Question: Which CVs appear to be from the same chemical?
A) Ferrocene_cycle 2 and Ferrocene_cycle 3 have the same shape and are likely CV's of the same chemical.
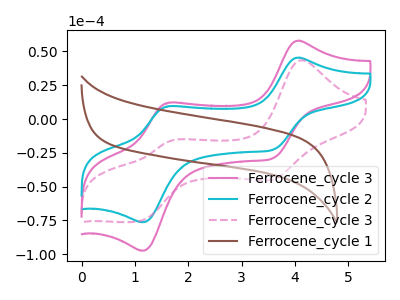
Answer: <think>The pink curve "Ferrocene_cycle 3" has anodic peaks at (4.05V, 57.95uA) (1.65V, 12.15uA) and cathodic peaks at (3.60V, -28.75uA) (1.15V, -97.40uA). The cyan curve "Ferrocene_cycle 2" has anodic peaks at (4.05V, 45.40uA) (1.65V, 9.50uA) and cathodic peaks at (3.60V, -22.55uA) (1.15V, -76.30uA). The pink dashed curve "Ferrocene_cycle 3" has anodic peaks at (4.10V, 43.55uA) (1.65V, -16.60uA) and cathodic peaks at (3.55V, -44.75uA) (1.05V, -75.65uA). The brown curve "Ferrocene_cycle 1" has no peaks.
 All the peaks in "Ferrocene_cycle 3" have a peak in "Ferrocene_cycle 2" at the same potential. Every peak in "Ferrocene_cycle 3" is higher than every peak in "Ferrocene_cycle 2". "Ferrocene_cycle 3" and "Ferrocene_cycle 3" have at least one peak that do not match. "Ferrocene_cycle 3" and "Ferrocene_cycle 1" have a different number of peaks. "Ferrocene_cycle 2" and "Ferrocene_cycle 3" have at least one peak that do not match. "Ferrocene_cycle 2" and "Ferrocene_cycle 1" have a different number of peaks. "Ferrocene_cycle 3" and "Ferrocene_cycle 1" have a different number of peaks.</think>
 <answer>A) "Ferrocene_cycle 2" and "Ferrocene_cycle 3" have the same shape and are likely CV's of the same chemical.</answer>
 <eval>A</eval>